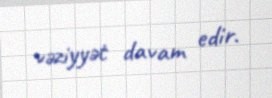
vəziyyət davam edir.